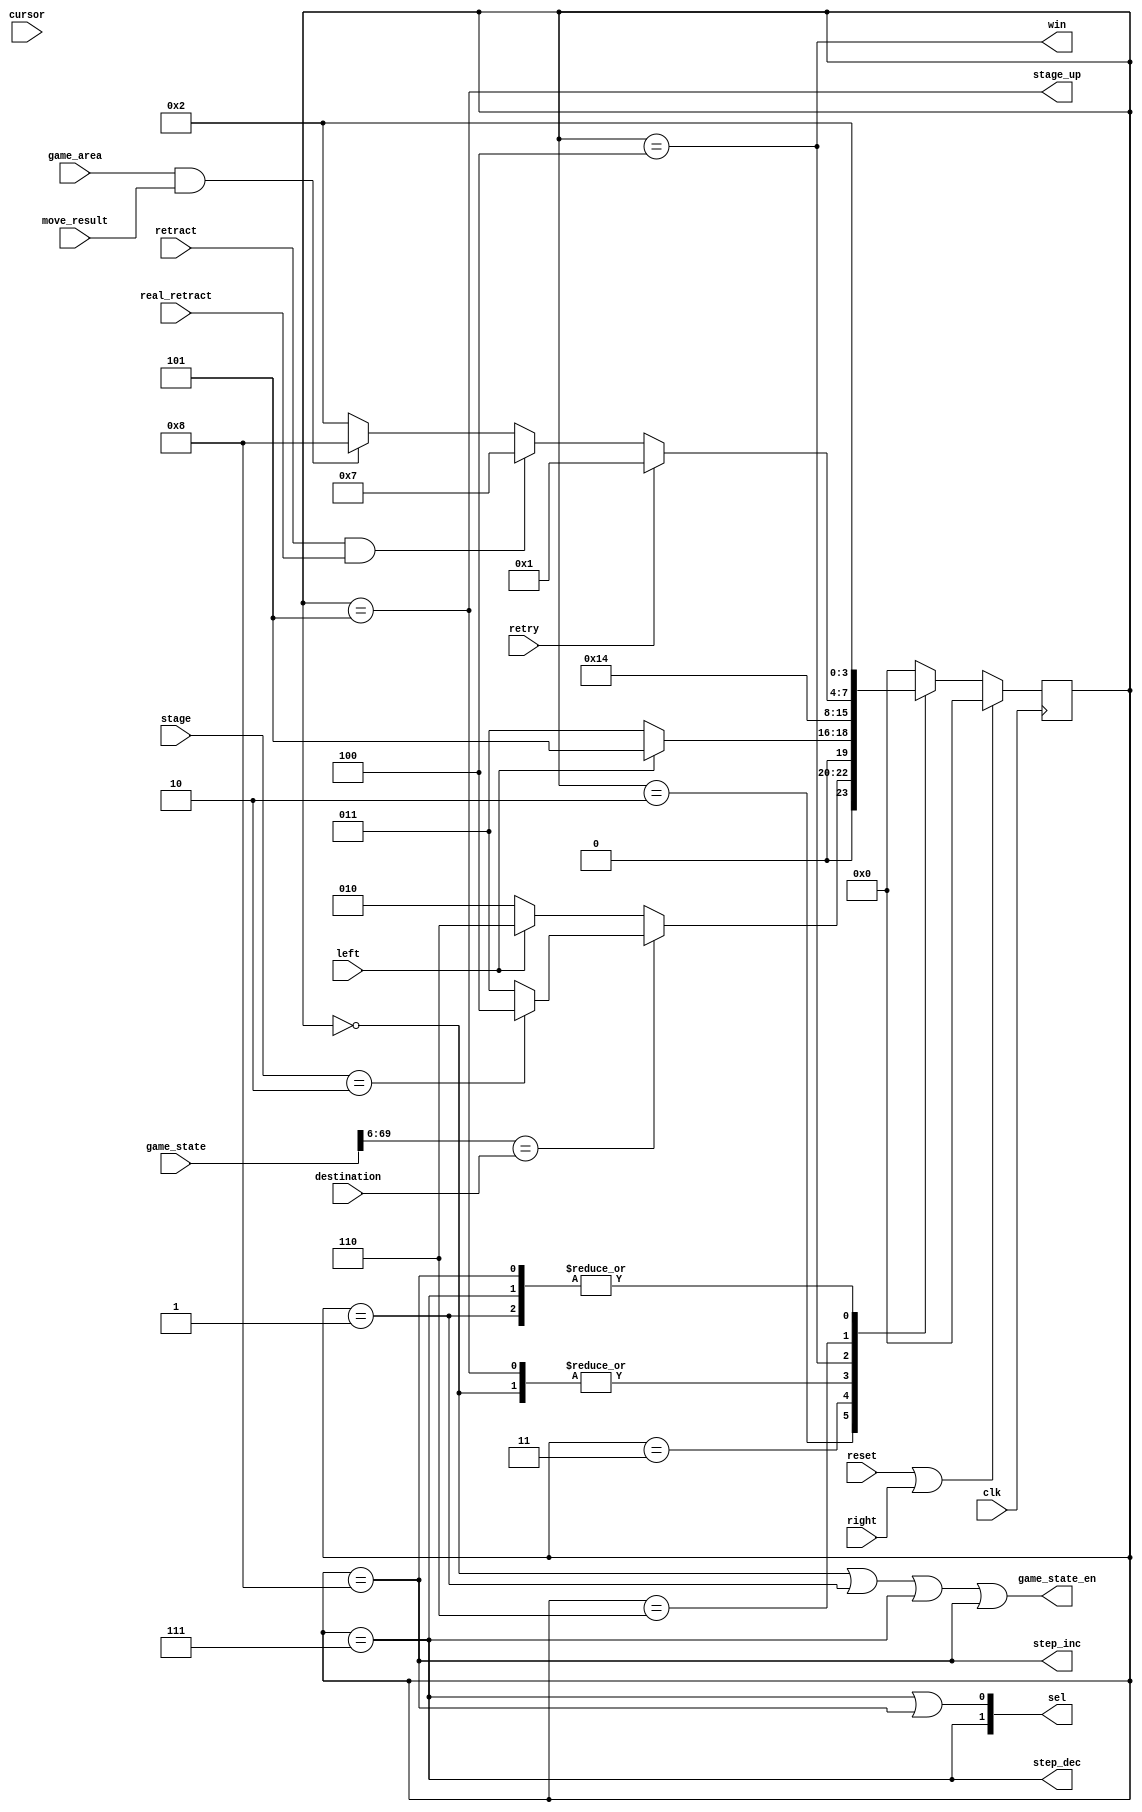
//==================================================================================================
//  Revision      : 
//  Company       : College of Information Science and Electronic Engineering, Zhejiang University
//
//  Description   : a tedious controller for this game
//
//
//==================================================================================================
module game_controller(/*autoport*/
//output
			game_state_en,
			stage_up,
			win,
			sel,
			step_inc,
			step_dec,
//input
			clk,
			retry,
			retract,
			left,
			game_area,
			reset,
			right,
			move_result,
			cursor,
			destination,
			stage,
			game_state,
			real_retract);
	parameter RESET=4'h0,INIT=4'h1,WAIT=4'h2,PAUSE=4'h3,OVER=4'h4,NEXT=4'h5,INTERIM=4'h6,RETRACT=4'h7,MOVE=4'h8;
	input clk,retry,retract,left,game_area,reset,right,move_result;
	input[5:0] cursor;
	input[63:0] destination;
	input[1:0] stage;
	input[133:0] game_state;
	input real_retract;
	output game_state_en,stage_up,win;
	output[1:0] sel;
	output step_inc,step_dec;
	wire[63:0] way,box;
	assign way=game_state[133:70];
	assign box=game_state[69:6];
	reg[3:0] state=0;
	assign sel[0]=(state==RETRACT)||(state==MOVE);
	assign sel[1]=(state==RETRACT);
	assign game_state_en=(state==RESET)||(state==INIT)||(state==RETRACT)||(state==MOVE);
	assign stage_up=(state==NEXT);
	assign win=(state==OVER);
	assign step_inc=(state==MOVE);
	assign step_dec=(state==RETRACT);
	always @(posedge clk) begin
			if (reset||right) begin
				state=RESET;
			end
			else begin
				case(state)
					RESET: begin
						state=INIT;
					end
					INIT: begin
						state=WAIT;
					end
					WAIT: begin
						if(box==destination) begin
							if(stage==2) begin
								state=OVER;
							end
							else begin
								state=PAUSE;
							end
						end
						else begin
							if(left) begin
								state=INTERIM;
							end
							else begin
								state=WAIT;
							end
						end
					end
					PAUSE: begin
						if(left) begin
							state=NEXT;
						end
						else begin
							state=PAUSE;
						end
					end
					NEXT: begin
						state=INIT;
					end
					OVER: begin
						state=OVER;
					end
					INTERIM: begin
						if(retry) begin
							state=INIT;
						end
						else if(retract&&real_retract) begin
							state=RETRACT;
						end
						else if(game_area&&move_result) begin
							state=MOVE;
						end
						else begin
							state=WAIT;
						end
					end
					RETRACT: begin
						state=WAIT;
					end
					MOVE: begin
						state=WAIT;
					end
					default: begin
						state=RESET;
					end
				endcase
			end
		end
endmodule